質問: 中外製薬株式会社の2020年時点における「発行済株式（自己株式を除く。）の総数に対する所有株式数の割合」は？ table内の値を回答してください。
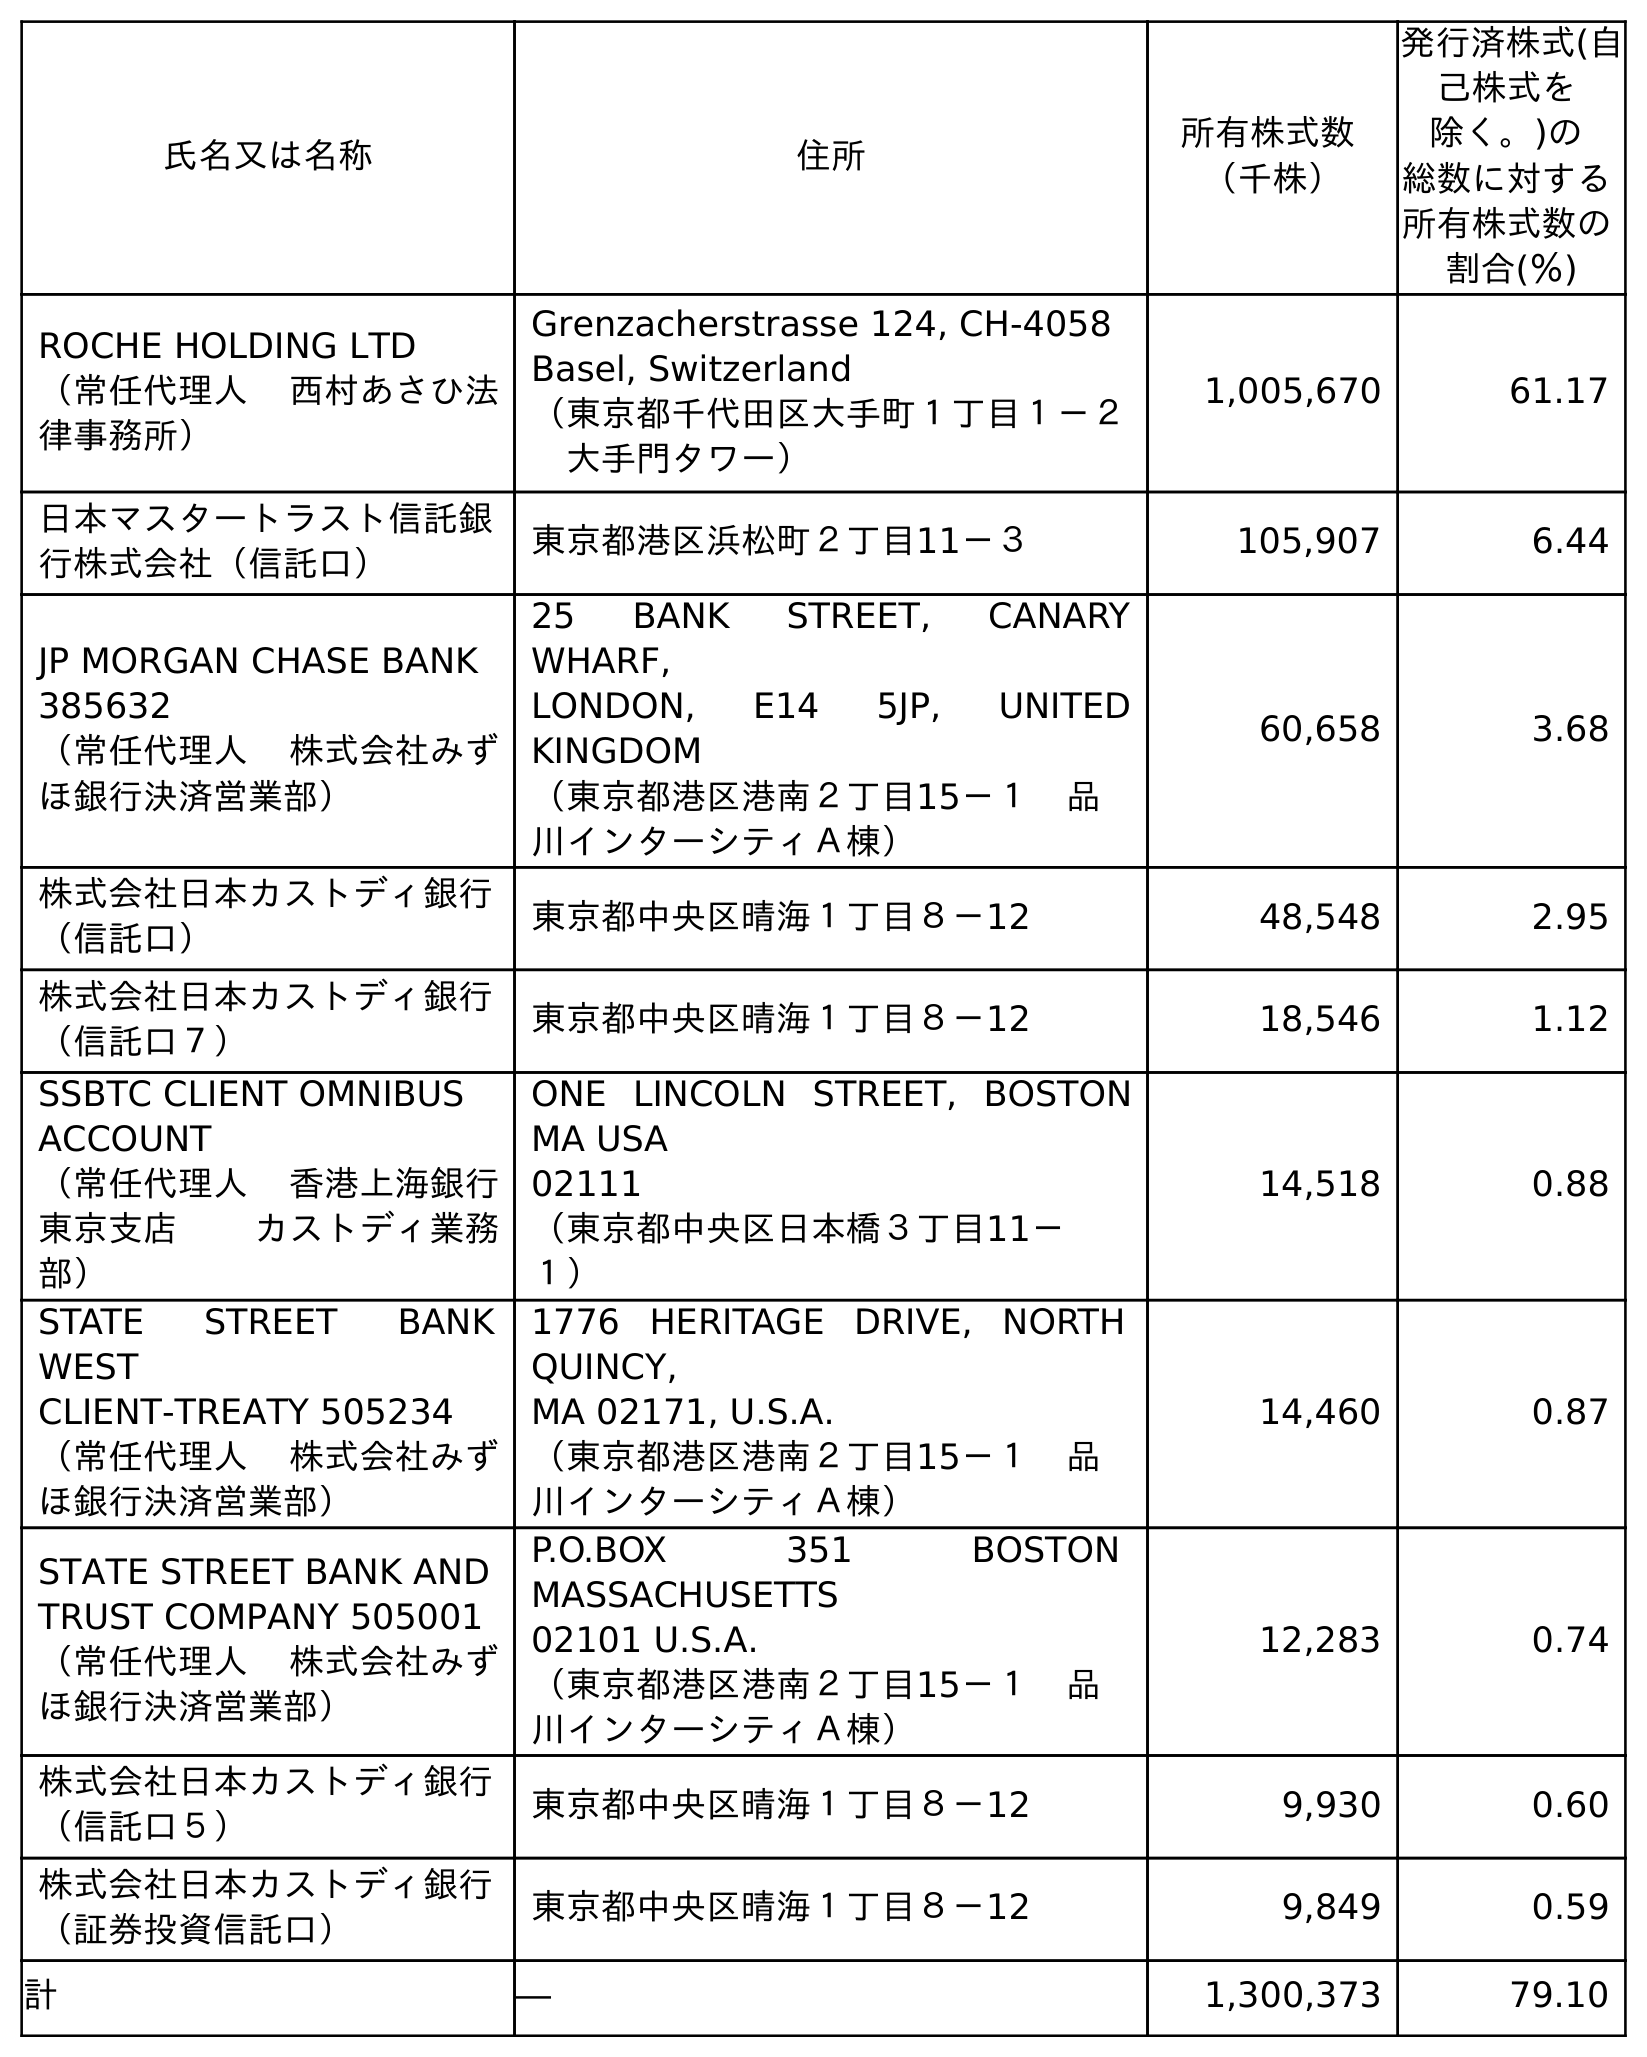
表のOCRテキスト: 氏名又は名称 住所 所有株式数 （千株） 発行済株式(自 己株式を 除く。)の 総数に対する 所有株式数の 割合(％) ROCHE HOLDING LTD （常任代理人 西村あさひ法 律事務所） Grenzacherstrasse 124, CH-4058 Basel, Switzerland （東京都千代田区大手町１丁目１－２  大手門タワー） 1,005,670 61.17 日本マスタートラスト信託銀 行株式会社（信託口） 東京都港区浜松町２丁目11－３ 105,907 6.44 JP MORGAN CHASE BANK 385632 （常任代理人 株式会社みず ほ銀行決済営業部） 25 BANK STREET, CANARY WHARF, LONDON, E14 5JP, UNITED KINGDOM （東京都港区港南２丁目15－１ 品 川インターシティＡ棟） 60,658 3.68 株式会社日本カストディ銀行 （信託口） 東京都中央区晴海１丁目８－12 48,548 2.95 株式会社日本カストディ銀行 （信託口７） 東京都中央区晴海１丁目８－12 18,546 1.12 SSBTC CLIENT OMNIBUS ACCOUNT （常任代理人 香港上海銀行 東京支店 カストディ業務 部） ONE LINCOLN STREET, BOSTON MA USA 02111 （東京都中央区日本橋３丁目11－ １） 14,518 0.88 STATE STREET BANK WEST CLIENT-TREATY 505234 （常任代理人 株式会社みず ほ銀行決済営業部） 1776 HERITAGE DRIVE, NORTH QUINCY, MA 02171, U.S.A. （東京都港区港南２丁目15－１ 品 川インターシティＡ棟） 14,460 0.87 STATE STREET BANK AND TRUST COMPANY 505001 （常任代理人 株式会社みず ほ銀行決済営業部） P.O.BOX 351 BOSTON MASSACHUSETTS 02101 U.S.A. （東京都港区港南２丁目15－１ 品 川インターシティＡ棟） 12,283 0.74 株式会社日本カストディ銀行 （信託口５） 東京都中央区晴海１丁目８－12 9,930 0.60 株式会社日本カストディ銀行 （証券投資信託口） 東京都中央区晴海１丁目８－12 9,849 0.59 計 ― 1,300,373 79.10
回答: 79.10